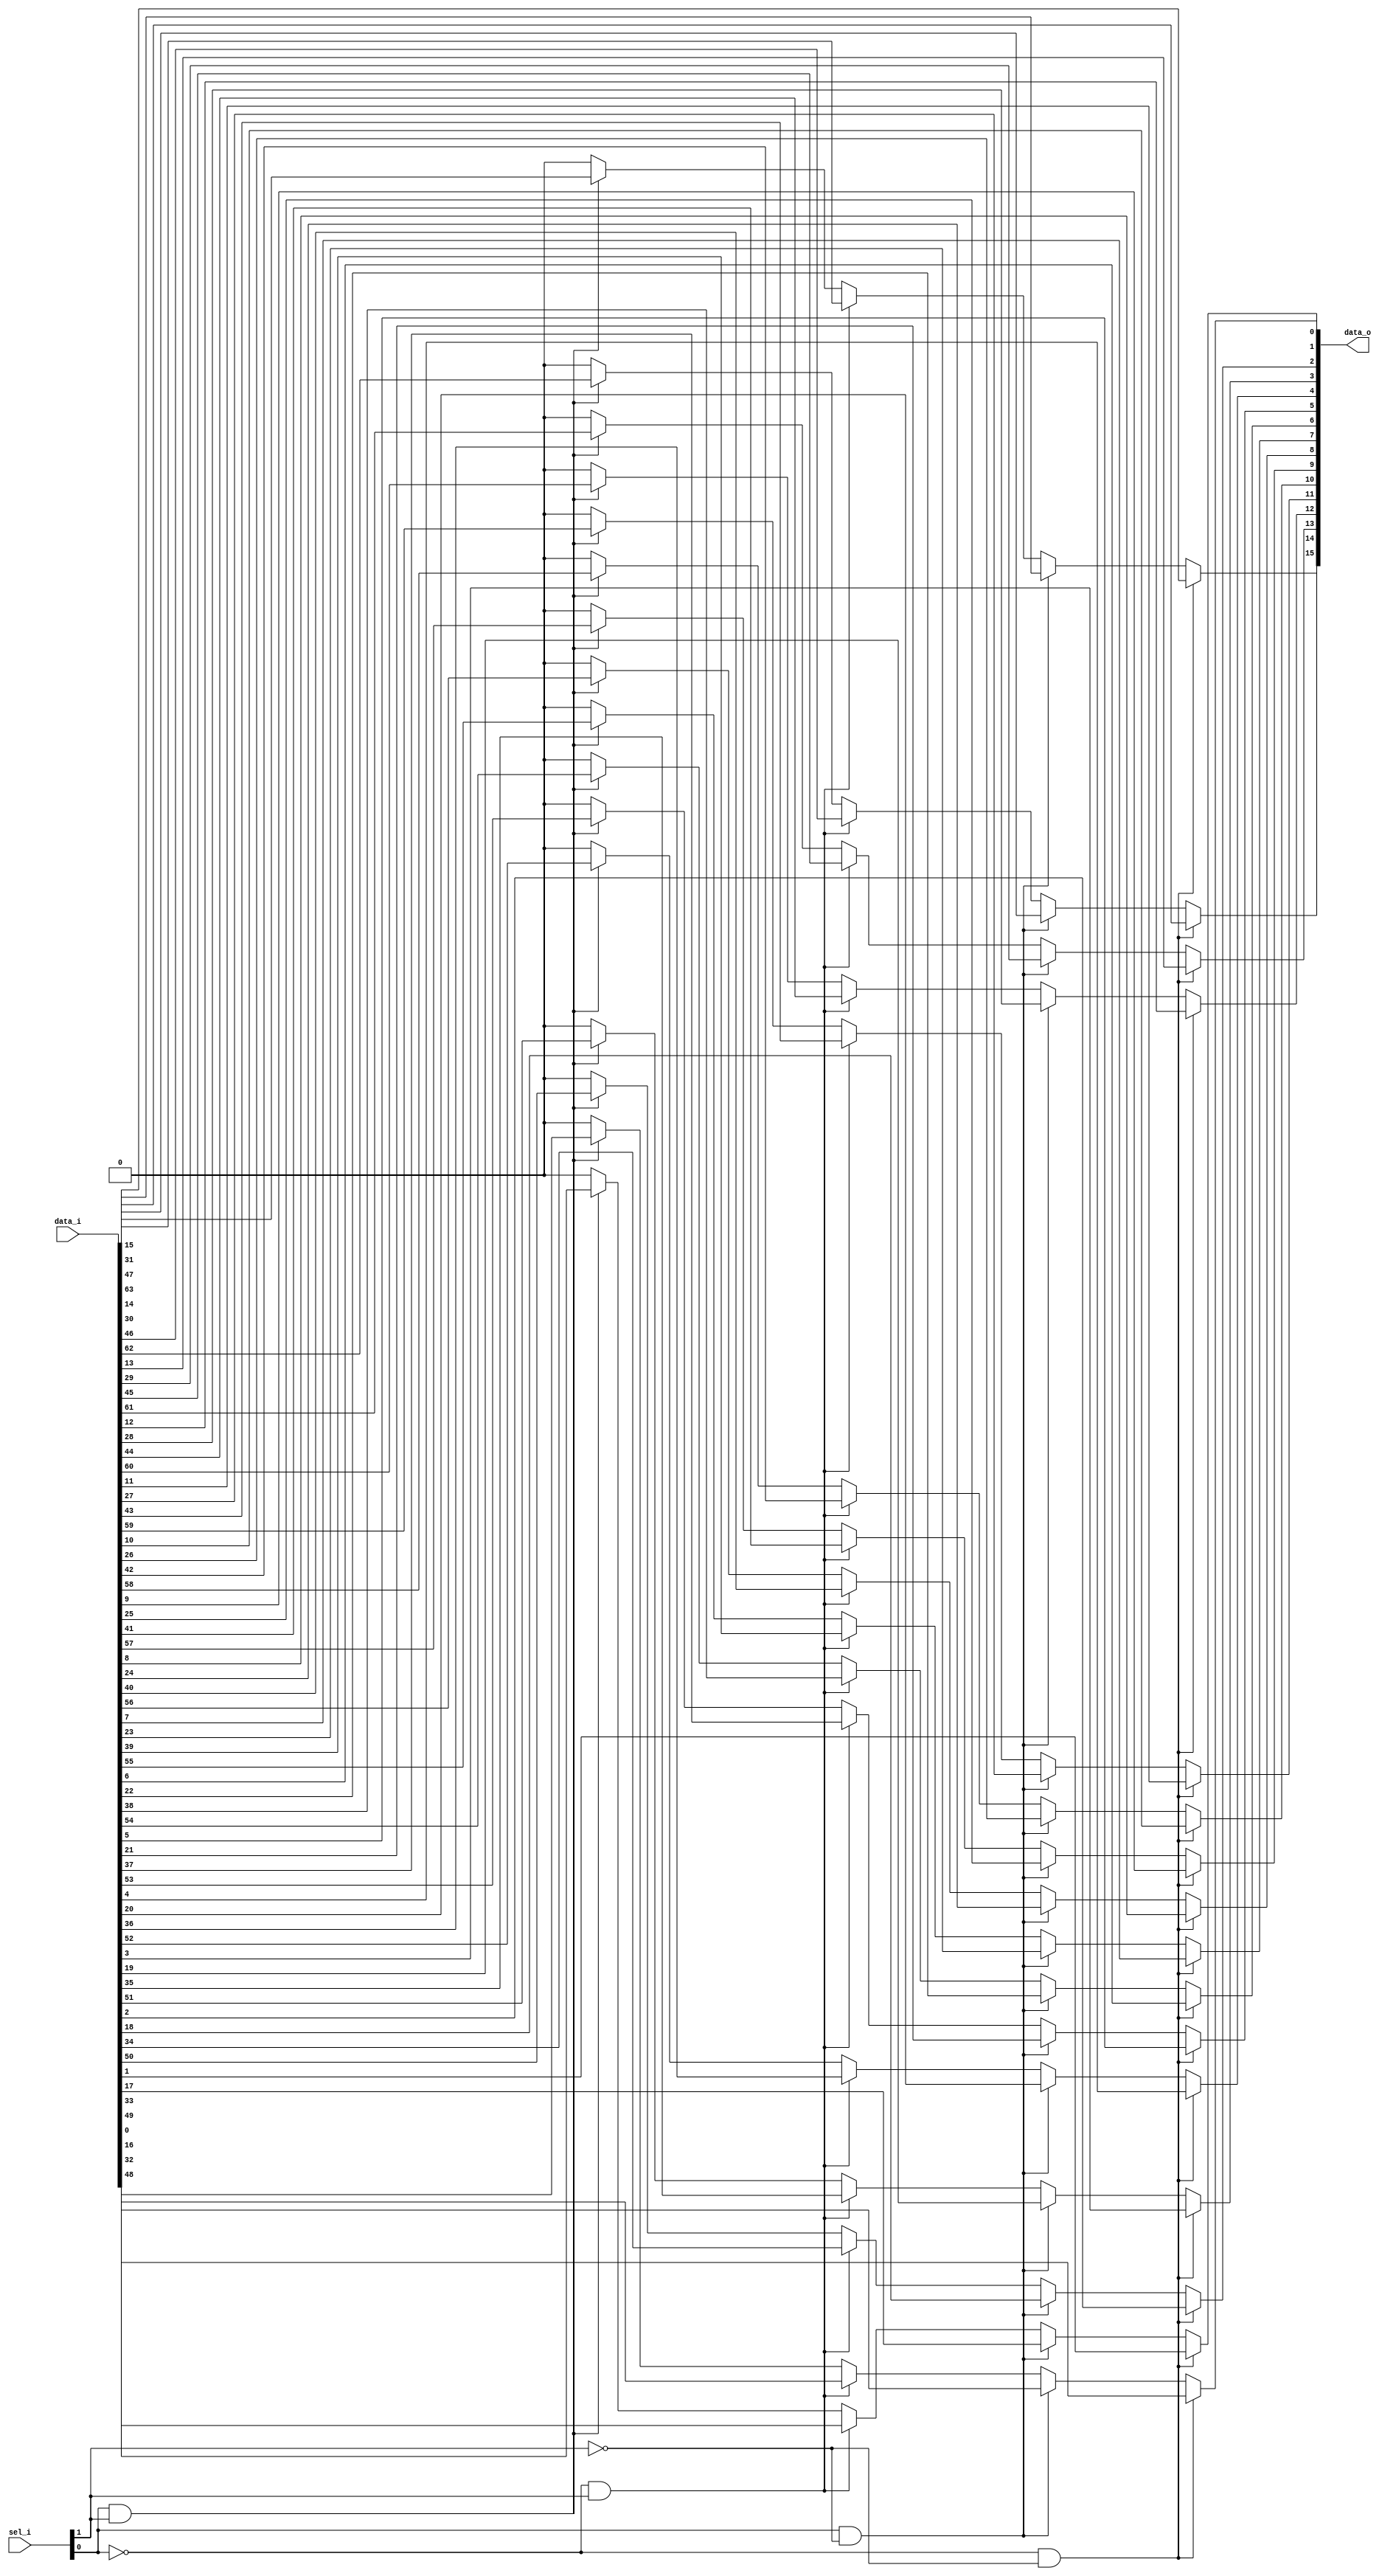
module bsg_mux_width_p16_els_p4
(
  data_i,
  sel_i,
  data_o
);

  input [63:0] data_i;
  input [1:0] sel_i;
  output [15:0] data_o;
  wire [15:0] data_o;
  wire N0,N1,N2,N3,N4,N5;
  assign data_o[15] = (N2)? data_i[15] :
                      (N4)? data_i[31] :
                      (N3)? data_i[47] :
                      (N5)? data_i[63] : 1'b0;
  assign data_o[14] = (N2)? data_i[14] :
                      (N4)? data_i[30] :
                      (N3)? data_i[46] :
                      (N5)? data_i[62] : 1'b0;
  assign data_o[13] = (N2)? data_i[13] :
                      (N4)? data_i[29] :
                      (N3)? data_i[45] :
                      (N5)? data_i[61] : 1'b0;
  assign data_o[12] = (N2)? data_i[12] :
                      (N4)? data_i[28] :
                      (N3)? data_i[44] :
                      (N5)? data_i[60] : 1'b0;
  assign data_o[11] = (N2)? data_i[11] :
                      (N4)? data_i[27] :
                      (N3)? data_i[43] :
                      (N5)? data_i[59] : 1'b0;
  assign data_o[10] = (N2)? data_i[10] :
                      (N4)? data_i[26] :
                      (N3)? data_i[42] :
                      (N5)? data_i[58] : 1'b0;
  assign data_o[9] = (N2)? data_i[9] :
                     (N4)? data_i[25] :
                     (N3)? data_i[41] :
                     (N5)? data_i[57] : 1'b0;
  assign data_o[8] = (N2)? data_i[8] :
                     (N4)? data_i[24] :
                     (N3)? data_i[40] :
                     (N5)? data_i[56] : 1'b0;
  assign data_o[7] = (N2)? data_i[7] :
                     (N4)? data_i[23] :
                     (N3)? data_i[39] :
                     (N5)? data_i[55] : 1'b0;
  assign data_o[6] = (N2)? data_i[6] :
                     (N4)? data_i[22] :
                     (N3)? data_i[38] :
                     (N5)? data_i[54] : 1'b0;
  assign data_o[5] = (N2)? data_i[5] :
                     (N4)? data_i[21] :
                     (N3)? data_i[37] :
                     (N5)? data_i[53] : 1'b0;
  assign data_o[4] = (N2)? data_i[4] :
                     (N4)? data_i[20] :
                     (N3)? data_i[36] :
                     (N5)? data_i[52] : 1'b0;
  assign data_o[3] = (N2)? data_i[3] :
                     (N4)? data_i[19] :
                     (N3)? data_i[35] :
                     (N5)? data_i[51] : 1'b0;
  assign data_o[2] = (N2)? data_i[2] :
                     (N4)? data_i[18] :
                     (N3)? data_i[34] :
                     (N5)? data_i[50] : 1'b0;
  assign data_o[1] = (N2)? data_i[1] :
                     (N4)? data_i[17] :
                     (N3)? data_i[33] :
                     (N5)? data_i[49] : 1'b0;
  assign data_o[0] = (N2)? data_i[0] :
                     (N4)? data_i[16] :
                     (N3)? data_i[32] :
                     (N5)? data_i[48] : 1'b0;
  assign N0 = ~sel_i[0];
  assign N1 = ~sel_i[1];
  assign N2 = N0 & N1;
  assign N3 = N0 & sel_i[1];
  assign N4 = sel_i[0] & N1;
  assign N5 = sel_i[0] & sel_i[1];

endmodule